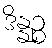
ဒိန္နဉ္စ